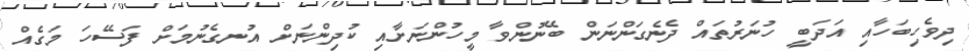
ދިވެހިބަހާއި އަދަބީ ހުނަރުތައް ދެނެގަންނަން ބޭނުންވާ މީހުންނަށާއި ކުދިންނަށް އުނގެނުމަށް ފަސޭހަ މަގެއް